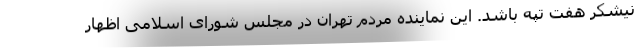
نیشکر هفت تپه باشد. این نماینده مردم تهران در مجلس شورای اسلامی اظهار